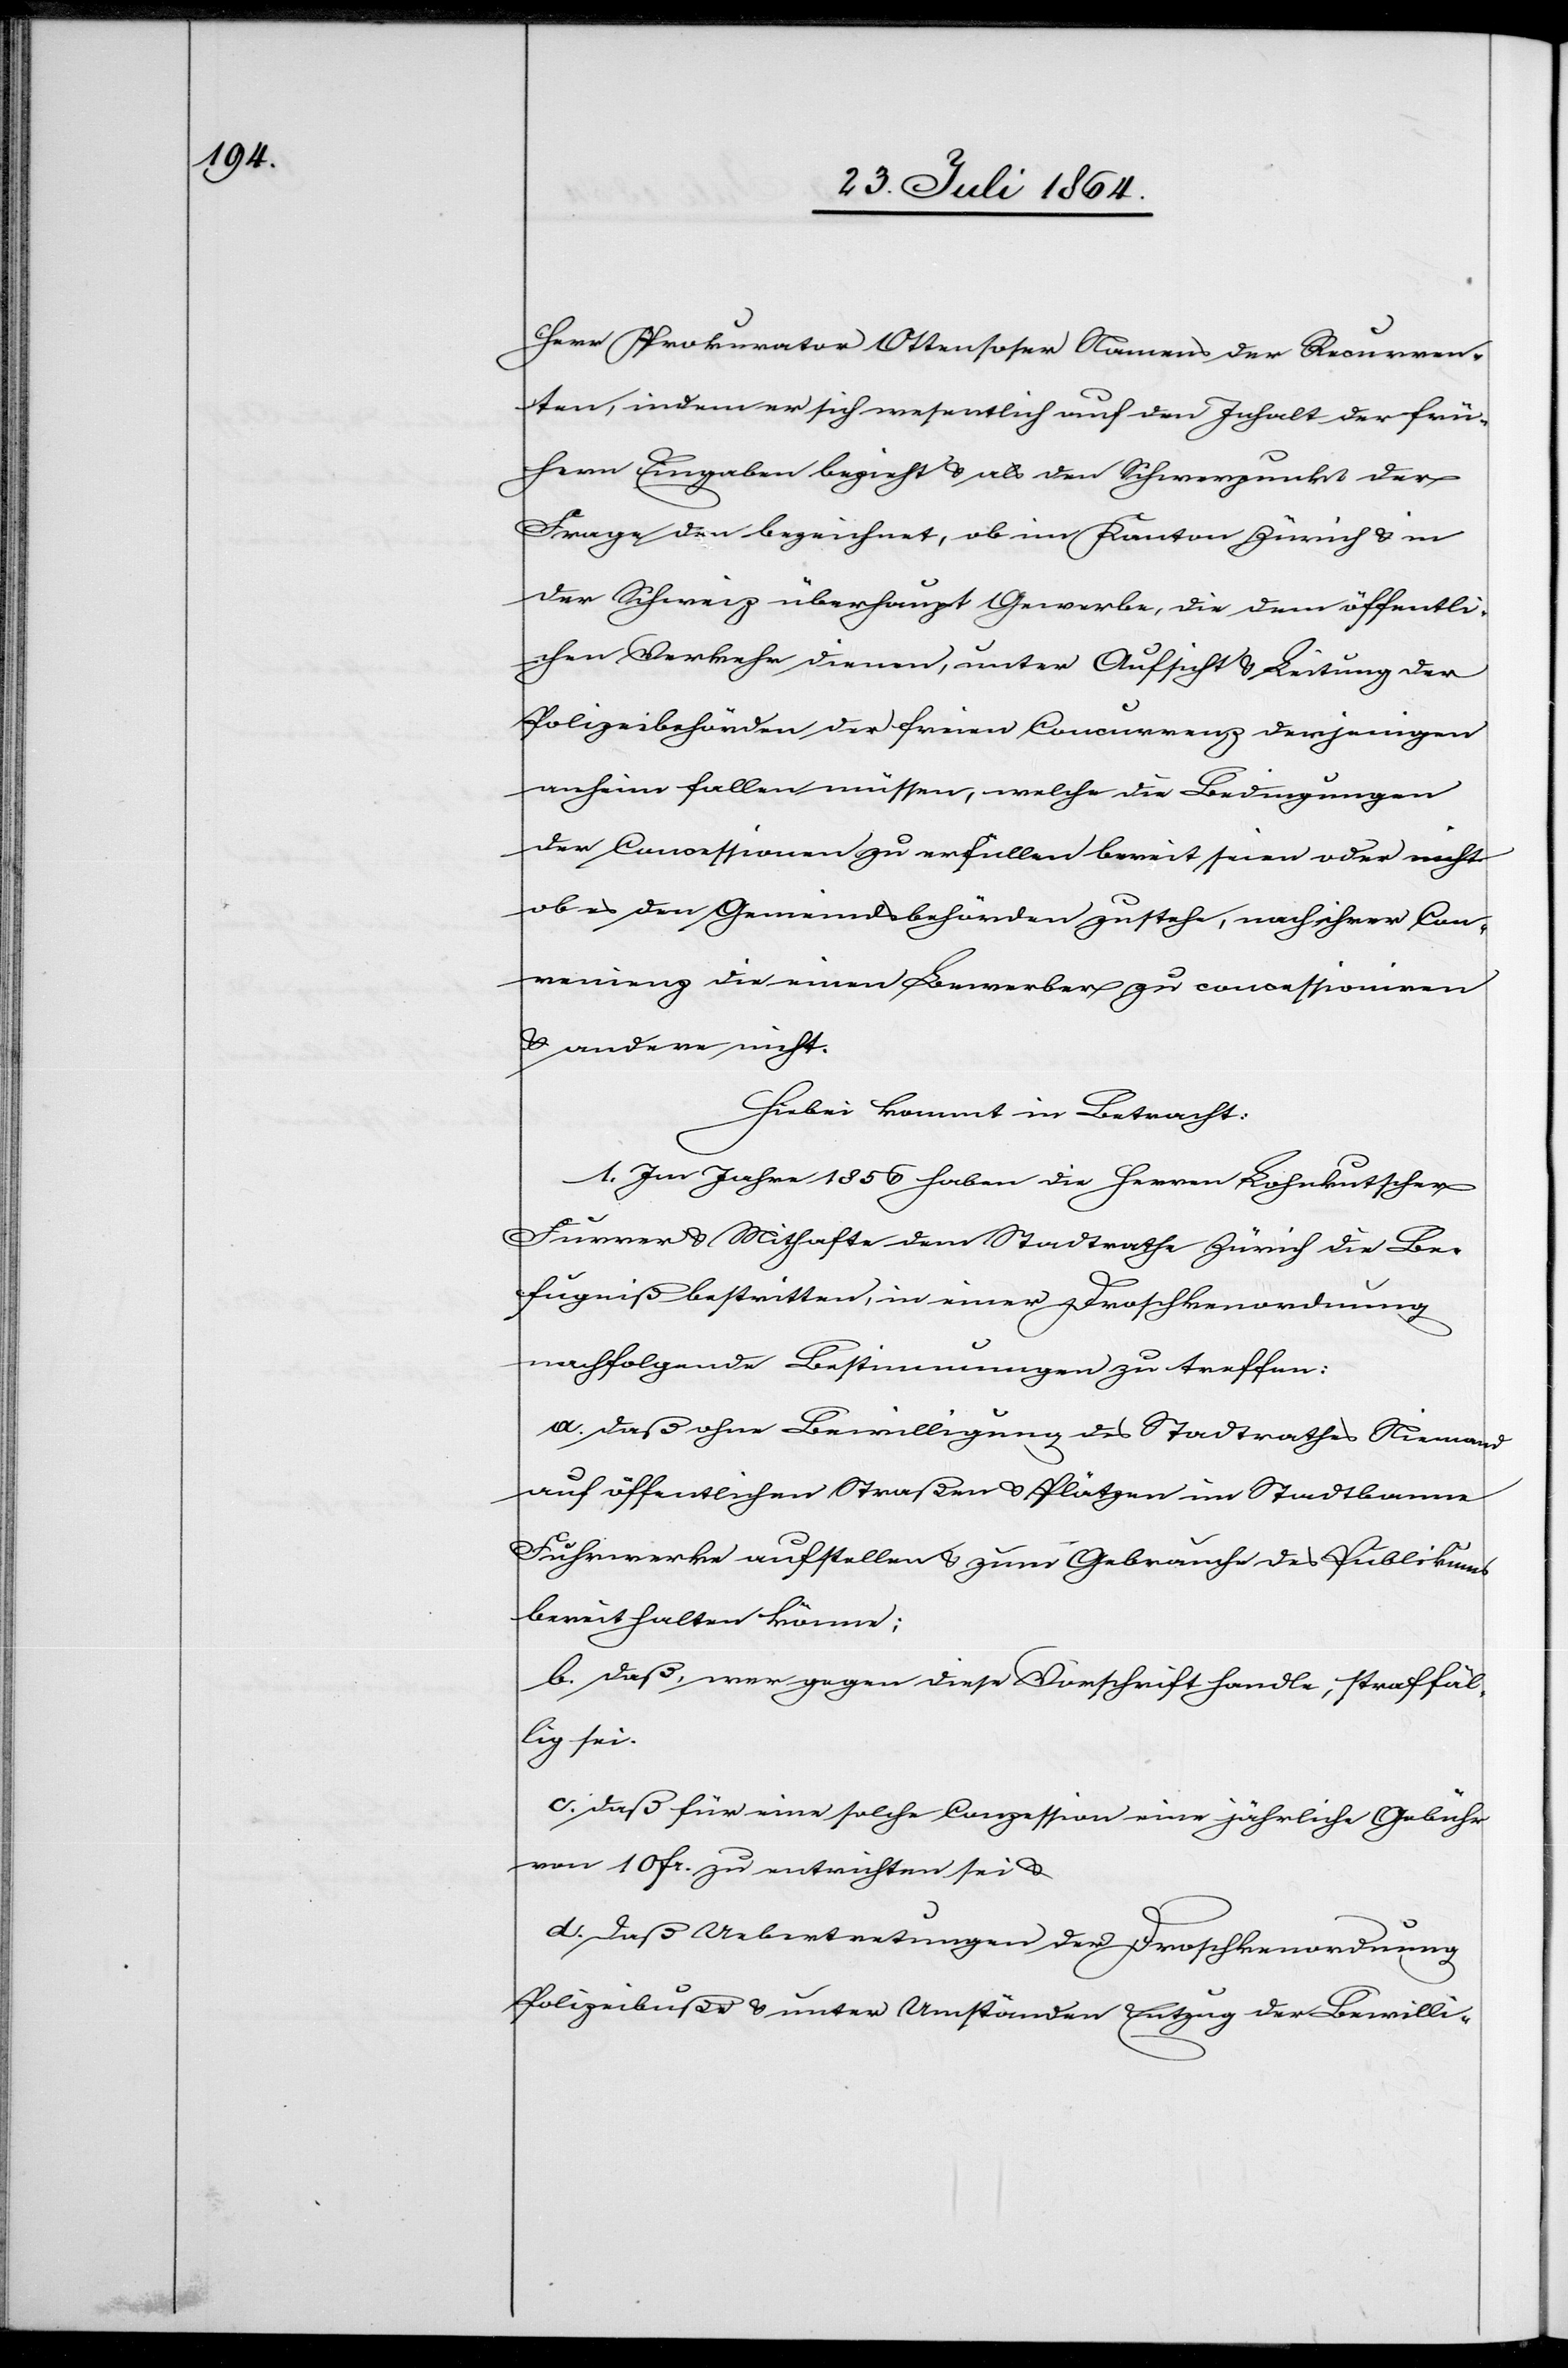
Herr Prokurator Ottensoser Namens der Recurren¬
ten, indem er sich wesentlich auf den Inhalt der frü¬
hern Eingaben bezieht & als den Schwerpunkt der
Frage den bezeichnet, ob im Kanton Zürich & in
der Schweiz überhaupt Gewerbe, die dem öffentli¬
chen Verkehr dienen, unter Aufsicht & Leitung der
Polizeibehörden der freien Concurrenz derjenigen
anheim fallen müssen, welche die Bedingungen
der Concession zu erfüllen bereit seien oder nicht
ob es den Gemeindsbehörden zustehe, nach ihrer Con¬
venienz die einen Bewerber zu concessioniren
& andere nicht.
Hiebei kommt in Betracht:
1. Im Jahr 1856 haben die Herren Lohnkutscher
Furrer & Mithafte dem Stadtrathe Zürich die Be¬
fugniß bestritten, in einer Droschkenordnung
nachfolgende Bestimmungen zu treffen:
a.) daß ohne Bewilligung des Stadtrathes Niemand
auf öffentlichen Straßen & Plätzen im Stadtbanne
Fuhrwerke aufstellen & zum Gebrauche des Publikums
bereit halten könne;
b.) daß, wer gegen diese Vorschrift handle, straffäl¬
lig sei.
c.) daß für eine solche Conzession eine jährliche Gebühr
von 10 Fr. zu entrichten sei &
d.) daß Uebertretungen der Droschkenordnung
Polizeibuße & unter Umständen Entzug der Bewilli-